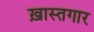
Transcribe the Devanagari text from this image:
ख़ास्तगार